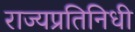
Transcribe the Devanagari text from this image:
राज्यप्रतिनिधी